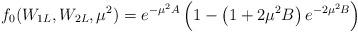
LaTeX: \begin{align*}f_0(W_{1L},W_{2L},\mu^2)=e^{-\mu^2A}\left(1-\left(1+2\mu^2B\right)e^{-2\mu^2B}\right)\end{align*}